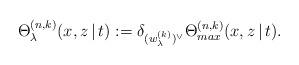
LaTeX: \begin{align*}\Theta_\lambda^{(n,k)}(x,z\, |\, t):=\delta_{(w_\lambda^{(k)})^\vee} \Theta_{max}^{(n,k)}(x,z\, |\, t).\end{align*}